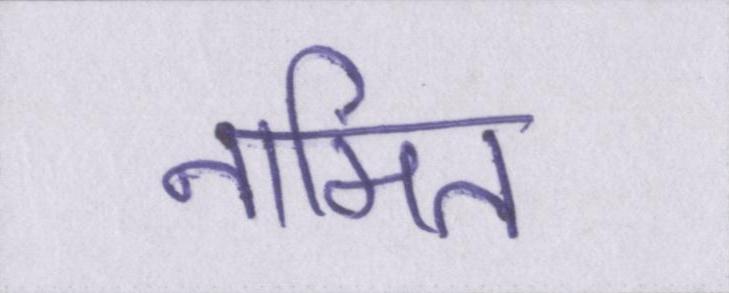
नामित